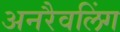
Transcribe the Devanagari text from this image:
अनरैवलिंग